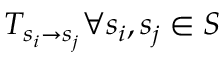
T _ { s _ { i } \rightarrow s _ { j } } \forall s _ { i } , s _ { j } \in S